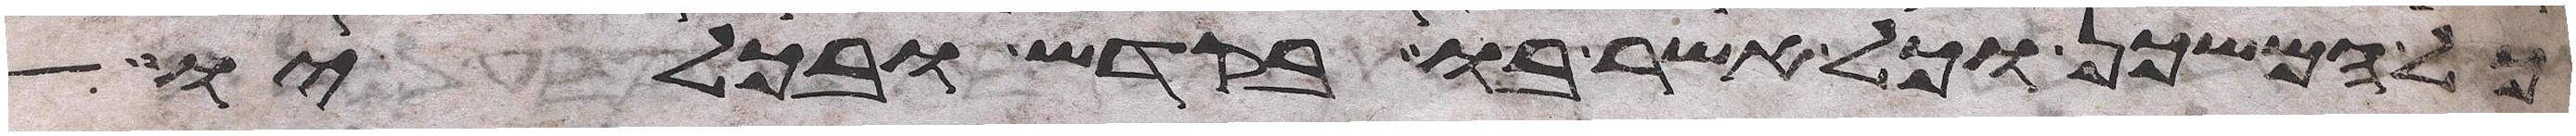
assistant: כל המשכן וכל אשר בו בקדש ובכליו